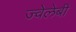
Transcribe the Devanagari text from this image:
ज्वेलेबी